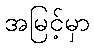
အမြင့်မှာ